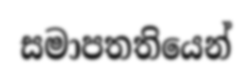
සමාපතතියෙන්